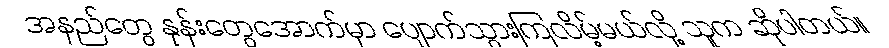
အနည်တွေ နုန်းတွေအောက်မှာ ပျောက်သွားကြလိမ့်မယ်လို့ သူက ဆိုပါတယ်။